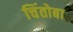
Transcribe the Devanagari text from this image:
चिंतोबा